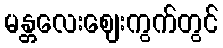
မန္တလေးဈေးကွက်တွင်